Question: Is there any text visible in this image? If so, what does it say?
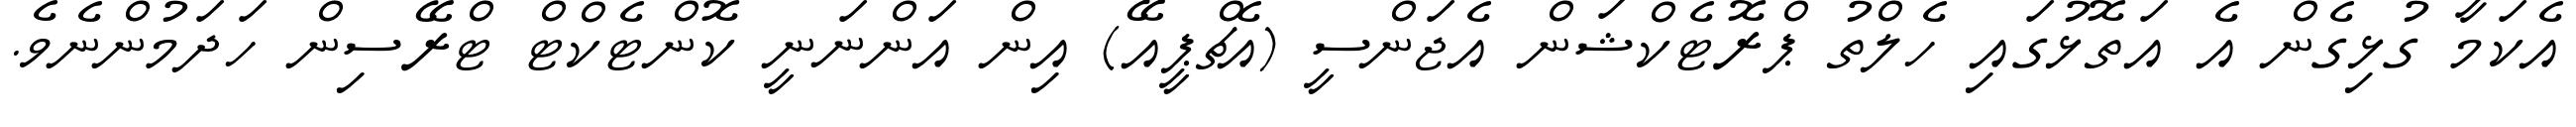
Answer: އެކަމާ ގުޅިގެން އެ އަތޮޅުގައި ހެލްތު ޕްރޮޓެކްޝަން އެޖަންސީ (އެޗްޕީއޭ) އިން އަންނަނީ ކޮންޓެކްޓް ޓްރޭސިން ހަދަމުންނެވެ.